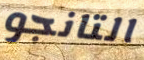
التانجو